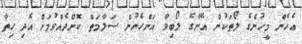
އެހެން މީހުންގެ ލޯތަކުން އޭނާގެ ލޯބިވާ އަންހެނުން ސަލާމަތް ކޮށްދެއްވުމަށް އެދި ހިތާ